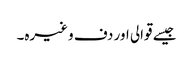
جیسے قوالی اور دف وغیرہ۔